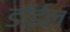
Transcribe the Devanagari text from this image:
डॉईल